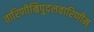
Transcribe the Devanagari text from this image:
तारिणीम्रिपुदलवारिणीम्